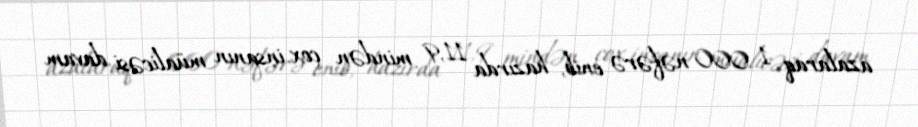
azalaraq 1 000 nəfərə enib, hazırda 11,9 mindən çox insanın müalicəsi davam